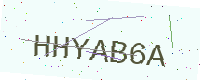
Text: HHYAB6A